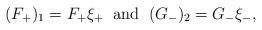
LaTeX: \begin{align*} (F_{+})_{1} = F_{+} \xi_{+}\;\;\mbox{and}\;\; (G_{-})_{2} = G_{-} \xi_{-},\end{align*}